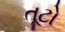
તૂટો